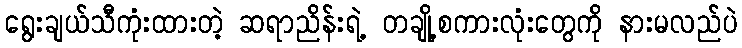
ရွေးချယ်သီကုံးထားတဲ့ ဆရာညိန်းရဲ့ တချို့စကားလုံးတွေကို နားမလည်ပဲ